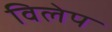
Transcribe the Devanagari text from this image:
विलेप